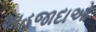
શાહજાદાઓ